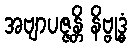
အဗျာပဇ္ဇန္တိ နိဗ္ဗုဒ္ဓံ